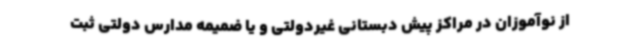
از نوآموزان در مراکز پیش دبستانی غیردولتی و یا ضمیمه مدارس دولتی ثبت